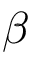
\beta